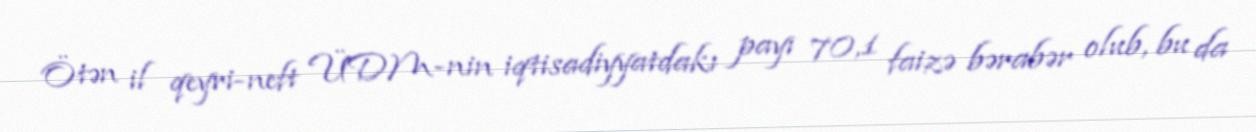
Ötən il qeyri-neft ÜDM-nin iqtisadiyyatdakı payı 70,1 faizə bərabər olub, bu da